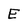
Character: E